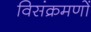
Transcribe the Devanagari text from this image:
विसंक्रमणों